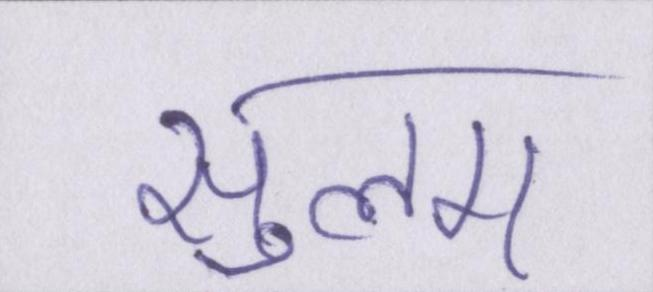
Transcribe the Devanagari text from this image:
सुलग